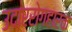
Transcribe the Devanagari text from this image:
उदाररोगहारक